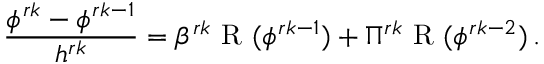
\frac { \phi ^ { r k } - \phi ^ { r k - 1 } } { { h ^ { r k } } } = { \beta ^ { r k } } \mathrm { ~ R ~ } ( \phi ^ { r k - 1 } ) + { \Pi ^ { r k } } \mathrm { ~ R ~ } ( \phi ^ { r k - 2 } ) \, .